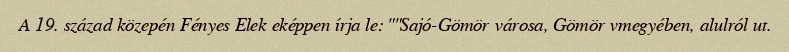
A 19. század közepén Fényes Elek eképpen írja le: ""Sajó-Gömör városa, Gömör vmegyében, alulról ut.